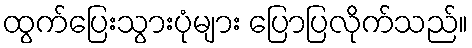
ထွက်ပြေးသွားပုံများ ပြောပြလိုက်သည်။